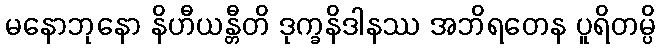
မနောဘုနော နိဟီယန္တီတိ ဒုက္ခနိဒါနဿ အဘိရတေန ပူရိတမ္ပိ